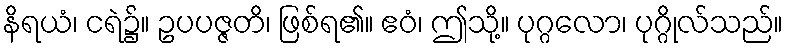
နိရယံ၊ ငရဲ၌။ ဥပပဇ္ဇတိ၊ ဖြစ်ရ၏။ ဧဝံ၊ ဤသို့။ ပုဂ္ဂလော၊ ပုဂ္ဂိုလ်သည်။